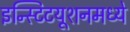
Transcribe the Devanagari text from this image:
इन्स्टिटयूशनमध्ये